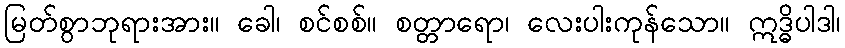
မြတ်စွာဘုရားအား။ ခေါ၊ စင်စစ်။ စတ္တာရော၊ လေးပါးကုန်သော။ ဣဒ္ဓိပါဒါ၊